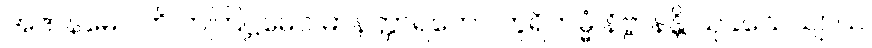
အဇာနမေဝါတိ တတြဋ္ဌမေဝ မာနတ္တာရဟော ဘူရိကမ္မံ နိဗ္ဗာနန္တိ သုခသေယျာယ